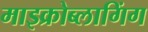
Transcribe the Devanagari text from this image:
माइक्रोब्लागिंग